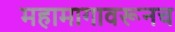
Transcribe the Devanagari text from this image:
महामागावरूनच